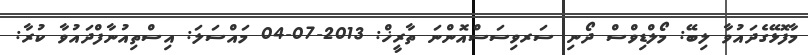
މާފޮޅޭގެދައުވާ ލިބޭ: މޯލްޑިވްސް ދޯނި ސަރވިސަސްއޮންނަ ތާރީޚް: 2013-07-04 މައްސަލަ: އިސްތިއުނާފްދައުވާ ކުރާ: